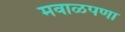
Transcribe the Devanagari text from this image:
मवाळपणा